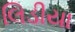
લિડીયા